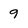
Character: 9